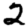
Digit: 2